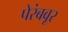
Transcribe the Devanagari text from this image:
पेरंबवूर